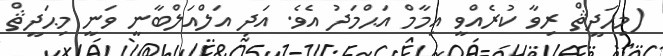
(މިޙަދީޘް ރިވާ ކުރެއްވީ އިމާމް އަޙްމަދު އެވެ. އަދި އަލްއަލްބާނީ ވަނީ މިޙަދީޘް